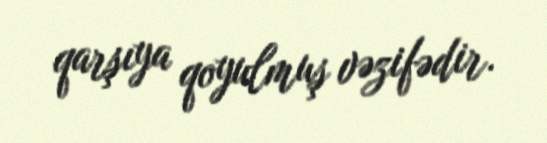
qarşıya qoyulmuş vəzifədir.